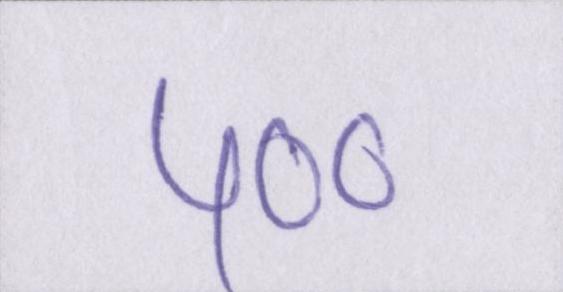
५००